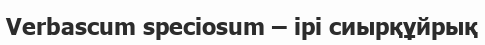
Verbascum speciosum – ірі сиырқұйрық